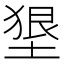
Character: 𡍭